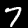
Digit: 7